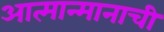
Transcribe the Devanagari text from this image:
आत्मान्मानाची